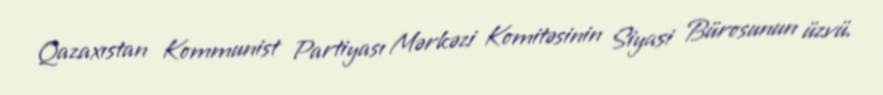
Qazaxıstan Kommunist Partiyası Mərkəzi Komitəsinin Siyasi Bürosunun üzvü.